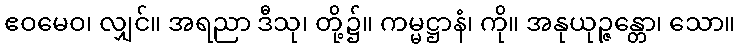
ဧဝမေဝ၊ လျှင်။ အရညာ ဒီသု၊ တို့၌။ ကမ္မဋ္ဌာနံ၊ ကို။ အနုယုဉ္ဇန္တော၊ သော။